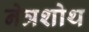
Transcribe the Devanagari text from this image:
नेत्रशोथ